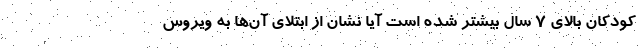
کودکان بالای ۷ سال بیشتر شده است آیا نشان از ابتلای آن‌ها به ویروس